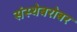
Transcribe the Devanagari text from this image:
संस्थेबरोबर